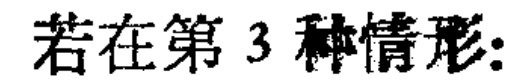
若在第 3 种情形: